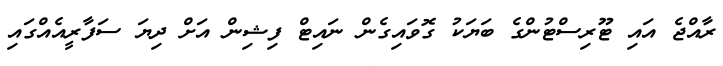
ރާއްޖެ އައި ޓޫރިސްޓުންގެ ބަޔަކު ގޮވައިގެން ނައިޓް ފިޝިން އަށް ދިޔަ ސަފާރީއެއްގައި